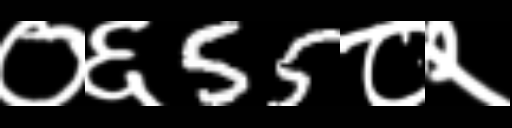
Text: ०६55८२